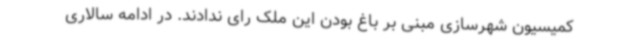
کمیسیون شهرسازی مبنی بر باغ بودن این ملک رای ندادند. در ادامه سالاری